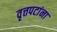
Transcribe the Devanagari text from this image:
वृत्तपटांना